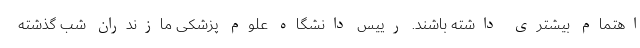
اهتمام بیشتری داشته باشند. رییس دانشگاه علوم پزشکی مازندران شب گذشته